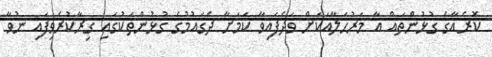
ކޮރެއާގެ ގުޅުންތައް އާ މަރުހަލާއަކަށް ވަދެފައިވާ ކަމަށާ ދެގައުމުގެ ގުޅުންތަކުގައި ގިރާކުރެވިފައި ނުވާ